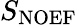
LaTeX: S_{\mathrm{{NOEF}}}